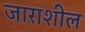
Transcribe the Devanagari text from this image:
जाराशील